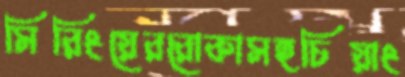
সিরিংয়েররোকাসহচিয়াং